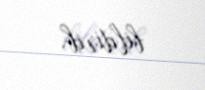
bildirib.